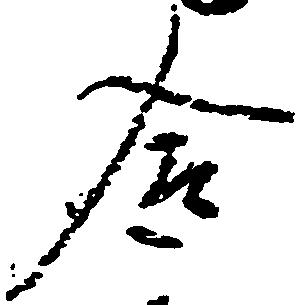
合